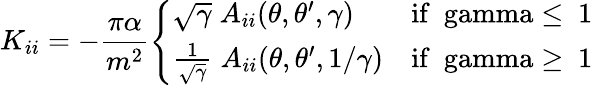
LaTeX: K_{ii}=-\frac{\pi\alpha}{m^{2}}\left\{ \begin{array}{ll}{{\sqrt{\gamma}\; A_{ii}(\theta,\theta^{\prime},\gamma)}}&{{\mathrm{if~\ gamma\leq~1~}}}\\ {{{\frac{1}{\sqrt\gamma}}\; A_{ii}(\theta,\theta^{\prime},1/\gamma)}}&{{\mathrm{if~\ gamma\geq~1~}}}\end{array}\right.